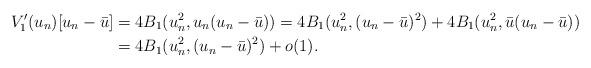
LaTeX: \begin{align*} V'_1(u_n)[u_n - \bar{u}] & = 4B_1(u_n^2, u_n(u_n - \bar{u})) = 4B_1(u_n^2, (u_n - \bar{u})^2) + 4B_1(u_n^2, \bar{u}(u_n - \bar{u}))\\&=4B_1(u_n^2, (u_n - \bar{u})^2)+o(1).\end{align*}